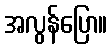
အလွန်ပြော။